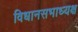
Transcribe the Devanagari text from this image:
विधानसभाध्यक्ष